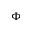
\Phi